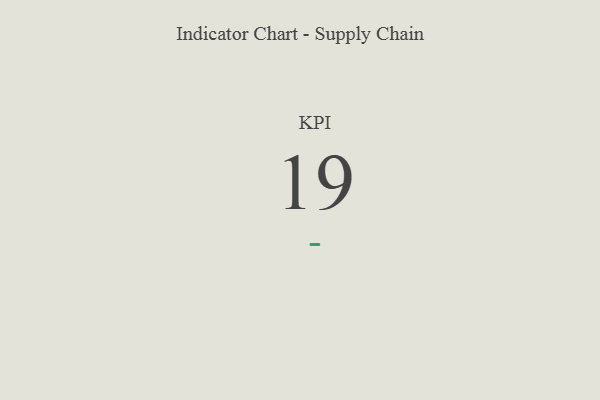
{"axis": {"x": "KPI", "y": "Value"}, "legend": [""], "data": [{"x": "KPI", "y": 19, "type": ""}]}